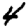
Digit: 4